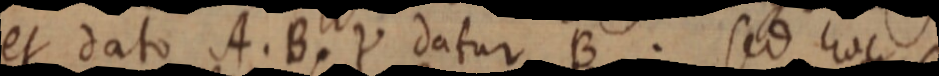
et dato A. B. Y datur B. sed hoc